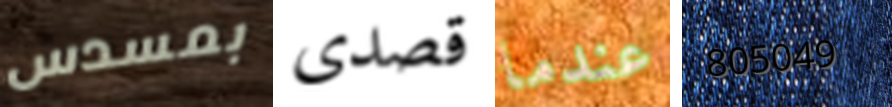
بمسدس قصدى عندما 805049